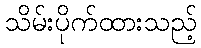
သိမ်းပိုက်ထားသည့်